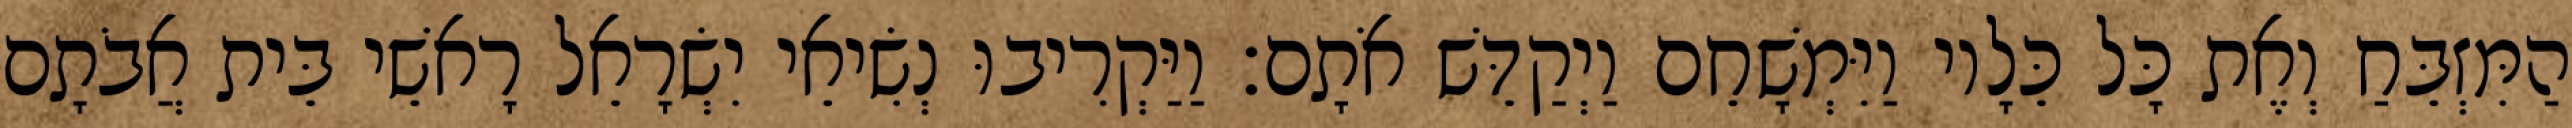
הַמִּזְבֵּחַ וְאֶת כָּל כֵּלָיו וַיִּמְשָׁחֵם וַיְקַדֵּשׁ אֹתָם׃ וַיַּקְרִיבוּ נְשִׂיאֵי יִשְׂרָאֵל רָאשֵׁי בֵּית אֲבֹתָם